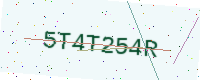
Text: 5T4T254R